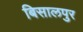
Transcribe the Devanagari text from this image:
बिसालपुर